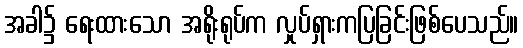
အခါ၌ ရေးထားသော အရိုးရုပ်က လှုပ်ရှားကပြခြင်းဖြစ်ပေသည်။